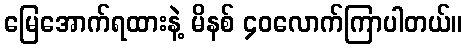
မြေအောက်ရထားနဲ့ မိနစ် ၄၀လောက်ကြာပါတယ်။